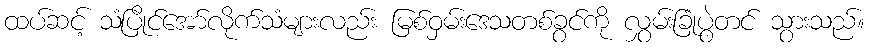
ထပ်ဆင့် သံပြိုင်အော်လိုက်သံများလည်း မြစ်ဝှမ်းဒေသတစ်ခွင်ကို လွှမ်းခြုံပွဲတင် သွားသည်။